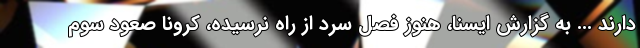
دارند ... به گزارش ایسنا، هنوز فصل سرد از راه نرسیده، کرونا صعود سوم